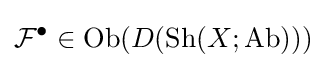
{\mathcal {F}}^{\bullet }\in {\text{Ob}}(D({\text{Sh}}(X;{\text{Ab}})))